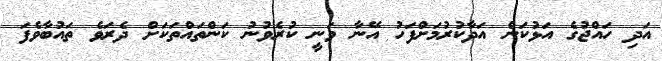
އަދި ހައްޖުގެ އަޅުކަން އަދާކުރުމަށްފަހު އޭނާ ވަނީ ކުރެވުނު ކަންތައްތަކަށް ދެރަވެ ތައުބާވެފަ